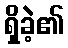
ရှိခဲ့၏